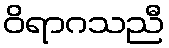
ဝိရာဂသညီ